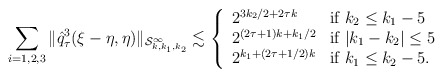
\begin{align*}\sum_{i=1,2,3}\|\hat{q}_\tau^3(\xi-\eta, \eta) \|_{\mathcal{S}^{\infty}_{k,k_1,k_2}} \lesssim \left\{ \begin{array}{ll}2^{3k_2/2+2\tau k} & \textup{if $k_2\leq k_1-5$} \\2^{(2\tau+1)k+k_1/2} & \textup{if $|k_1-k_2|\leq 5$}\\2^{k_1 + (2\tau+1/2 )k}& \textup{if $k_1\leq k_2-5$}. \\\end{array}\right.\end{align*}